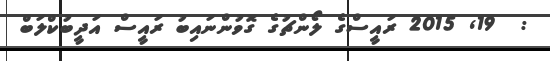
:  19